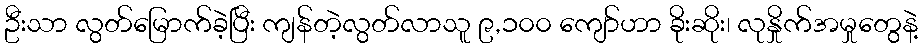
ဦးသာ လွတ်မြောက်ခဲ့ပြီး ကျန်တဲ့လွတ်လာသူ ၉,၁၀၀ ကျော်ဟာ ခိုးဆိုး၊ လုနှိုက်အမှုတွေနဲ့